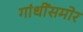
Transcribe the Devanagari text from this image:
गांधींसमोर